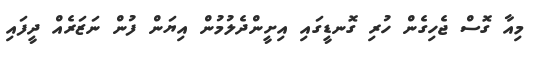
މިއާ ގޮސް ޖެހިގެން ހުރި ގޮނޑީގައި އިށީންދެލުމުން އިޔަން ފުން ނަޒަރެއް ދީފައި